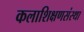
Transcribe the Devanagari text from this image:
कलाशिक्षणसंस्था